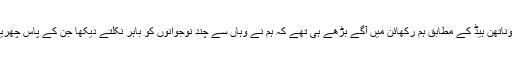
بی بی سی کے نامہ نگار جوناتھن ہیڈ کے مطابق ہم رکھائن میں آگے بڑھے ہی تھے کہ ہم نے وہاں سے چند نوجوانوں کو باہر نکلتے دیکھا جن کے پاس چھریاں، تلواریں اور غلیلیں تھیں۔